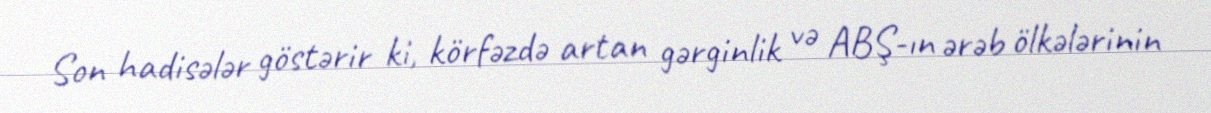
Son hadisələr göstərir ki, körfəzdə artan gərginlik və ABŞ-ın ərəb ölkələrinin